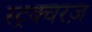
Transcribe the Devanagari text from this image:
स्ट्रक्चरज़